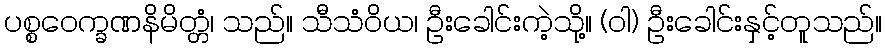
ပစ္စဝေက္ခဏနိမိတ္တံ၊ သည်။ သီသံဝိယ၊ ဦးခေါင်းကဲ့သို့။ (ဝါ) ဦးခေါင်းနှင့်တူသည်။